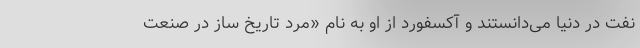
نفت در دنیا می‌دانستند و آکسفورد از او به نام «مرد تاریخ ساز در صنعت